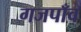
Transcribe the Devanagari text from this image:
गजपाँव